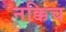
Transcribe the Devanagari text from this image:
नक्किच